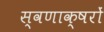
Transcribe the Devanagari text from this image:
स्वणाक्षरों